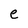
Character: e